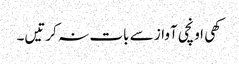
کھی اونچی آواز سے بات نہ کرتیں۔